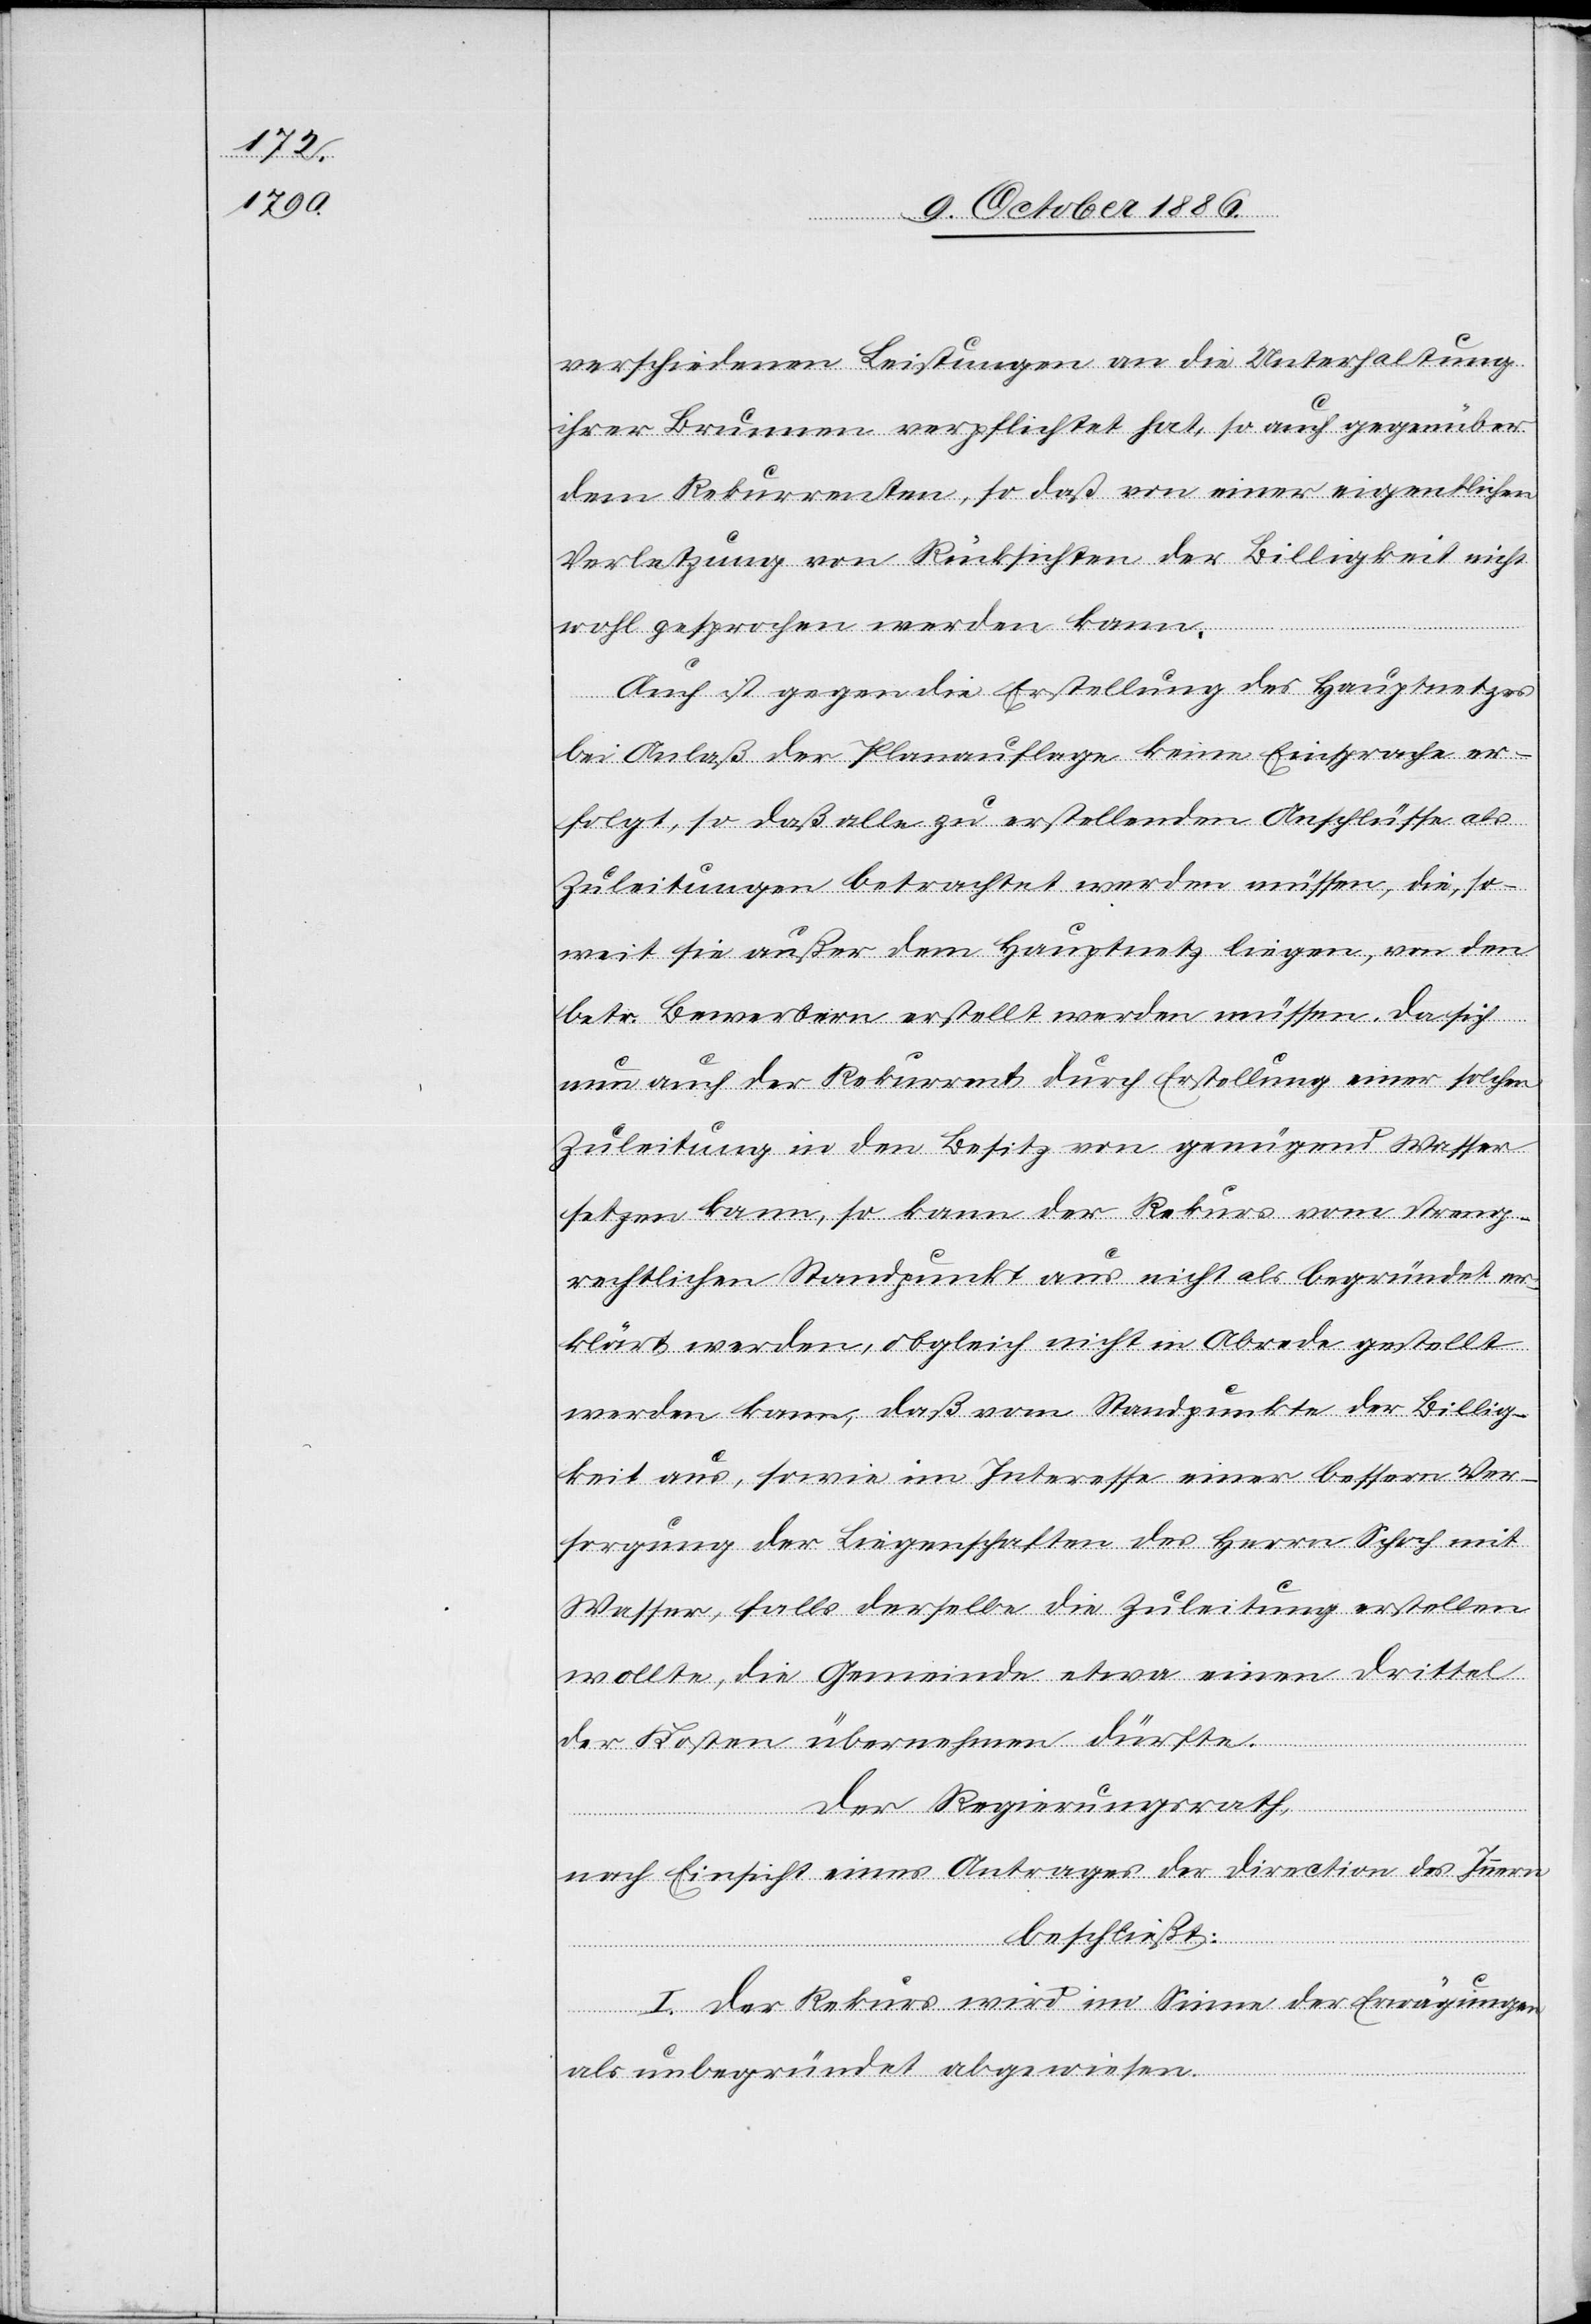
verschiedenen Leistungen an die Unterhaltung
ihrer Brunnen verpflichtet hat, so auch gegenüber
dem Rekurrenten, so daß von einer eigentlichen
Verletzung von Rücksichten der Billigkeit nicht
wohl gesprochen werden kann.
Auch ist gegen die Erstellung des Hauptnetzes
bei Anlaß der Planauflage keine Einsprache er¬
folgt, so daß alle zu erstellenden Anschlüsse als
Zuleitungen betrachtet werden müssen, die, so¬
weit sie außer dem Hauptnetz liegen, von den
betr. Bewerbern erstellt werden müssen. Da sich
nun auch der Rekurrent durch Erstellung einer solchen
Zuleitung in den Besitz von genügend Wasser
setzen kann, so kann der Rekurs vom streng¬
rechtlichen Standpunkt aus nicht als begründet er¬
klärt werden, obgleich nicht in Abrede gestellt
werden kann, daß vom Standpunkte der Billig¬
keit aus, sowie im Interesse einer bessern Ver¬
sorgung der Liegenschaften des Herrn Schoch mit
Wasser, falls derselbe die Zuleitung erstellen
wollte, die Gemeinde etwa einen Drittel
der Kosten übernehmen dürfte.
Der Regierungsrath,
nach Einsicht eines Antrages der Direction des Innern
beschließt:
I. Der Rekurs wird im Sinne der Erwägungen
als unbegründet abgewiesen.